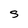
Character: S